Calcutta medical institutions reports 1871-78
Year: 1871
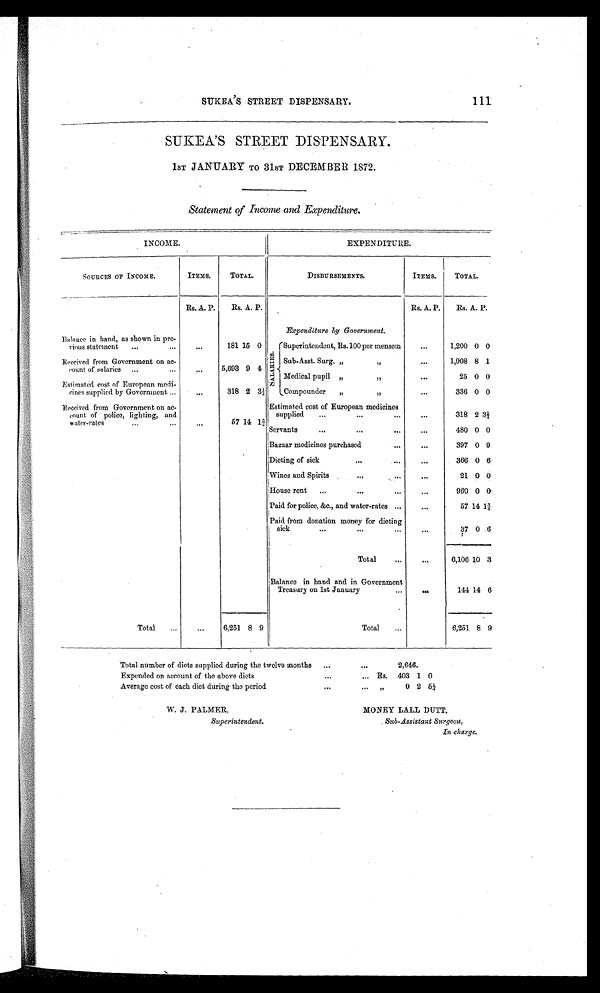
SUKEA'S STREET DISPENSARY.
111
SUKEA'S STREET DISPENSARY.
1sT JANUARY TO 31sT DECEMBER 1872.
•
Statement of Income and Expenditure.
- -- . • —
INCOME.
EXPENDITURE.
SOURCES OF INCOME.
ITEMS.
TOTAL.
DISBURSEMENTS.
ITEMS.
TOTAL.
Rs. A. P.
Rs. A. P.
Rs. A. P.
Rs. A. P.
Expenditure by Government.
Balance in hand, as shown in pre-
vious statement
...
...
...
181 15 0
61
.q
t l
7.:
rSuperintendent, Rs. 100 per mensem
...
1,200 0 0
Received from Government on ac-
count of salaries ...
...
,..
5,693 9 4
I Sub-Asst. Surg. ,,
,I
•••
1,908 8 1
I Medical pupil „
1
...
25 0 0
Estimated cost of European medi-
eines supplied by Government ...
„
318 2 3i
LCompounder
„
,)
...
336 0 0
Received from Government on ac-
count. of police, lighting, and
water-rates...
14 1¾
Estimated cost of European medicines
supplied
...
•..
318 2 3¼
Servants
...
•..
...
...
480 0 0
Bazaar medicines purchased... ...
...
0 9
Dieting of sick
•..
...
...
366 0 6
Wines and Spirits
•••
40.
...
21 0 0
House rent
...
•••
•••
• 60
909 0 °-
Paid for police, &c., and water-rates ...
...
57 14 1¾
Paid from donation money for dieting
sick
...
...
...
...
37 0 .6
s
Total
...
•
...
.
6,106 10 3
Balance in hand and in Government
Treasury on 1st January
144 14 6
Total
...
___...
...
6,251 8 9
Total
...
—
.
6,251 8 9
Total number of diets supplied during the twelve months
...
...
2,646.
Expended on account of the above diets
...
... Rs. 403 1 0
Average cost of each diet during the period
..•
...
„
0 2 5 ¼
W. J. PALMER,
MONEY LALL DUTT,
Superintendent.
Sub-Assistant Surgeon,
In charge.